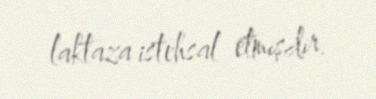
laktaza istehsal etmişdir.